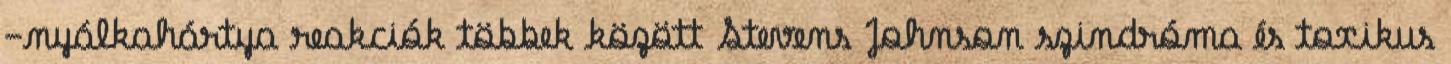
-nyálkahártya reakciók többek között Stevens Johnson szindróma és toxikus